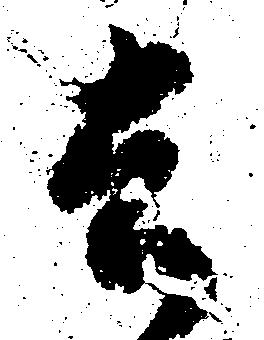
去